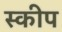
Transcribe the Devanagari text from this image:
स्कीप